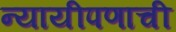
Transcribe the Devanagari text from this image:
न्यायीपणाची